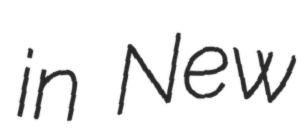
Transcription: in New